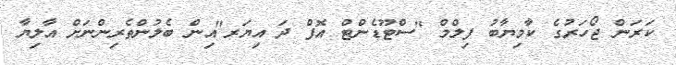
ކަރަން ޖޯހަރުގެ ކާމިޔާބު ފިލްމް "ސްޓޫޑެންޓް އޮފް ދަ އިޔަރ"އިން ބެލުންތެރިންނަށް އާލިޔާ